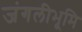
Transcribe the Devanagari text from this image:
जंगलीभूमि